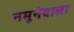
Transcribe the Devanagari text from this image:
नमूनेवाला